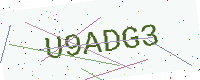
Text: U9ADG3